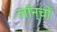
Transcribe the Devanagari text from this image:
लॉन्चों